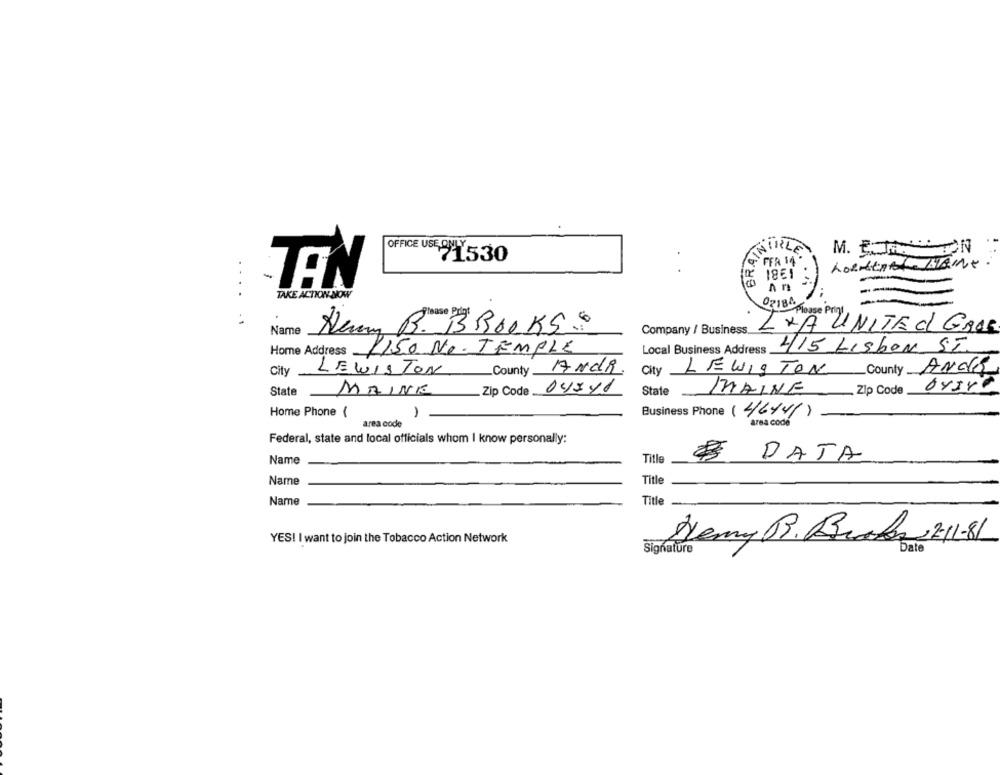
OFFICE USE ONLY
INIRLE
71530
FFA 14
-
1851
TEN
An
---
TAKE ACTION NOW
OZIBA
Name
Alcun B. BROOKS
Company / Business.
LXÀ UNITED GAVE
PISO NO. TEMPLE
Local Business Address
415 Lisbon SI
Home Address
City
LEWISTON County
ANdi.
City LEWISTON County ANCE
State
Zip Code 04×41
State
MAINE
Zip Code
Home Phone (
-
Business Phone (46141)
area code
area code
Federal, state and local officials whom I know personally:
DATA
Name
Title
Name
Title
Name
Title
YES! I want to join the Tobacco Action Network
Hermy R. Burada 2-11-81
Signature